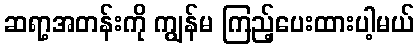
ဆရာ့အတန်းကို ကျွန်မ ကြည့်ပေးထားပါ့မယ်